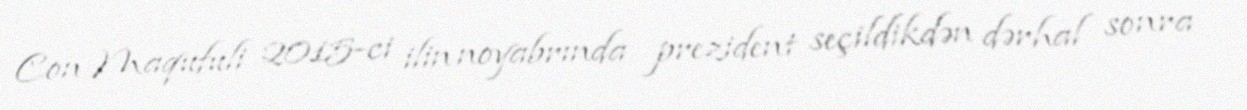
Con Maqufuli 2015-ci ilin noyabrında prezident seçildikdən dərhal sonra